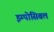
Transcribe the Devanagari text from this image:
इम्पोसिबल